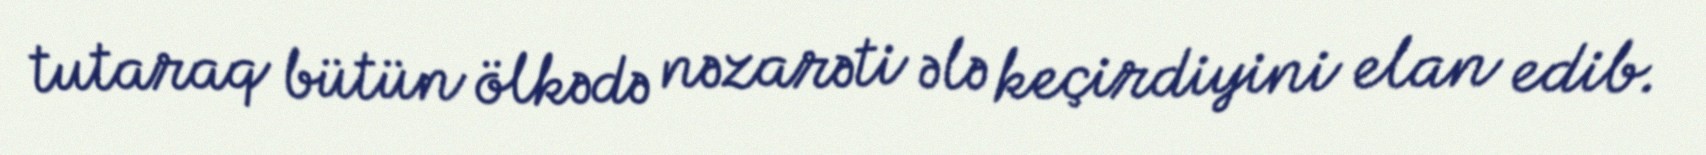
tutaraq bütün ölkədə nəzarəti ələ keçirdiyini elan edib.